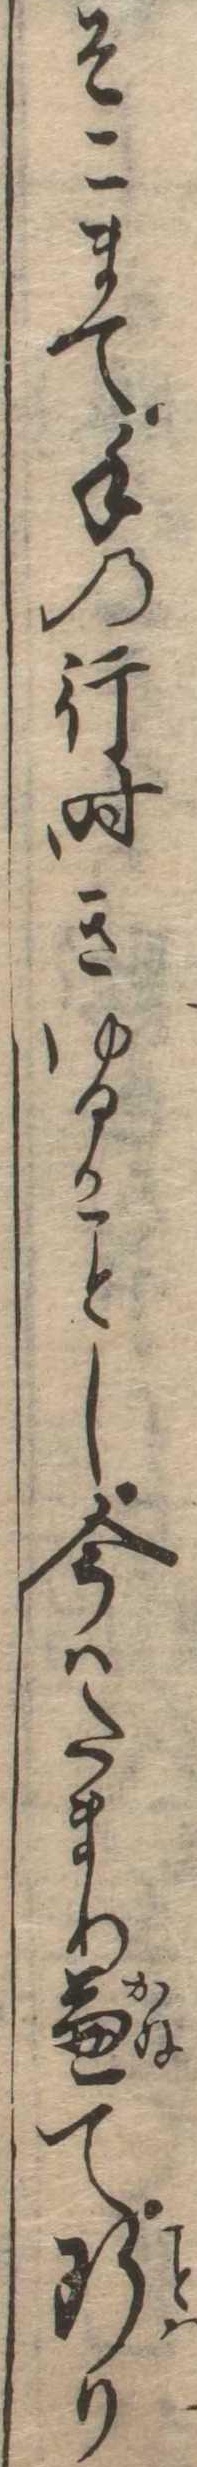
そこまて手の行時きゆるかし今はたまり兼て断り